Medical and sanitary report of the native army of Bengal for the year
Year: 1878
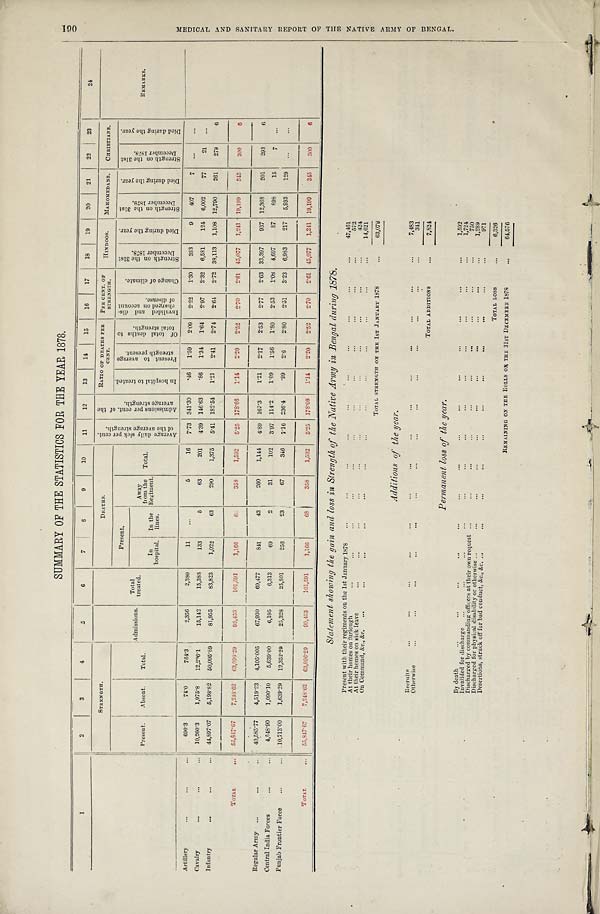
SUMMARY OF THE STATISTICS FOR THE YEAR 1878.
1
2
3
4
5
6
7
8
9
10
11
12
13
14
15
16
17
18
19
20
21
22
23
24
STRENGTH.
DEATHS.
A v e r a g e d a i l y s i c k p e r c e n t .
o f t h e a v e r a g e s t r e n g t h .
A d m i s s i o n p e r c e n t . o f t h e
a v e r a g e s t r e n g h t .
RATIO OF DEATHS PER
CENT.
PER CENT. OF
STRENGTH.
HINDOOS.
MAHOMEDANS.
CHRISTIANS.
Present.
Absent.
Total.
A d m i s s i o n s .
Total
treated.
Present.
Away
from the
Regiment.
Total.
I n h o s p i t a l t o t r e a t e d .
P r e s e n t t o a v e r a g e
s t r e n g h t p r e s e n t .
O f t o t a l d e a t h s t o
t o t a l s t r e n g t h .
I n v a l i d e d a n d d i s -
c h a r g e d o n a c c o u n t
o f d i s e a s e .
C h a n g e o f c l i m a t e .
S t r e n g t h o n t h e 3 1 s t
D e c e m b e r 1 8 7 8 .
D i e d d u r i n g t h e y e a r .
S t r e n g t h o n t h e 3 1 s t D e c e m b e r 1 8 7 8 .
D i e d d u r i n g t h e y e a r . S t r e n g t h o n t h e 3 1 s t D e c e m b e r 1 8 7 8 .
D i e d d u r i n g t h e y e a r .
R E M A R K S .
In
hospital.
In the
lines.
Artillery
...
...
...
690.3
74.0
764.3
2,356
2,380
11
. . .
5
16
7.73 341.30
.46
1.59
2.09
2.22
1.30
383
9
407
7
. . .
...
Cavalry
...
...
...
10,260.3
1,975.8
12,236.1
15,142
15,388
133
5
63
201
4.39 146.63
.86
1.34
1.64
2.97
2.32 6,581
124 6,002
77
21
...
Infantry
...
...
...
44,897.07
5,198.82
50,095.89
81,955
83,823
1,022
63
290
1,375
5.41 182.54
1.21
2.41
2.74
2.64
2.72 38,113
1,108 12,790
261
279
6
TOTAL
...
55,847.67
7,248.62
63,096.29
99,453
101,591
1,166
6 8
358
1,592
5.25 178.08
1.14
2.20
2.52
2.70
2.61 45,077
1,241 19,199
345
300
6
Regular Army ...
...
...
40,585.77
4,519.23
4,105.005
67,930
69,477
841
43
260
1,144
4.89 167.3
1.21
2.17
2.53
2.77
2.63 33,397
937 12,368
201
293
6
Central India Forces
...
...
4,548.90
1,090.10
5,639.00
6,195
6,313
69
2
31
102
3.97 114.2
1.09
1.56
1 . 8 0
2.53
1.08 4,697
87
898
15
7
. . .
Punjab Frontier Force
...
...
10,713.00
1,639.29
12,352.29
25,328
25,801
256
23
67
346
7.16 236.4
.99
2.6
2.80
2.51
3.23
6,983
217
5,933
129
. . .
. . .
TOTAL
55,847.67
7,248.62
63,096.29
99,453
101,591
1,166
6 8
358
1 , 5 9 2
5.25 178.08
1.14
2.20
2.52
2.70
2.61 45,077
1 , 2 4 1 19,199
345
300
6
Statement, showing the gain and loss in Strength of the Native Army in Bengal during 1878.
Present with their regiments on the 1st January 1878
...
...
...
. . .
...
. . .
...
. . .
. . .
...
47,461
At their homes on furlough
...
...
. . .
...
. . .
. . .
...
...
...
. . .
. . .
. . .
572
At their homes on sick leave
...
. . .
...
. . .
...
. . .
...
...
...
. . .
424
On Command, &c., &c.
...
...
. . .
...
...
. . .
...
. . .
. . .
. . .
. . .
...
14,621
...
6 3 , 0 7 8
TOTAL STRENGTH ON THE 1ST JANUARY 1878
Additions of the year.
Recruits ... ...
...
...
...
...
. . .
. . .
. . .
...
...
...
7,483
Otherwise
...
...
...
...
...
...
...
...
. . .
. . .
. . .
...
...
...
341
TOTAL ADDITIONS
...
7,824
Permanent loss of the year.
By death
...
...
...
...
. . .
...
. . .
...
...
...
...
...
...
...
1,592
Invalided for discharge
...
...
...
...
...
...
...
. . .
...
...
...
...
...
1,724
Discharged by commanding officers at their own request ...
. . .
. . .
. . .
. . .
. . .
. . .
. . .
. . .
...
750
Discharged for physical disabilily or otherwise ...
...
...
. . .
...
. . .
...
. . .
...
...
...
1 , 2 8 9
Desertions, struck off for bad conduct, &c., &c. ...
...
...
...
...
. . .
. . .
. . .
...
. . . ...
971
TOTAL LOSS
. . .
6,326
REMAINING ON THE ROLLS ON THE 31ST DECEMBER 1878
...
64,576
M E D I C A L A N D S A N I T A R Y R E P O R T O F T H E N A T I V E A R M Y O F B E N G A L .